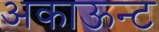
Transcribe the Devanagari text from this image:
अकाऊन्ट